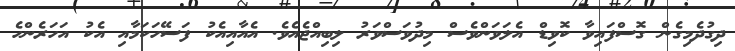
ދިގުދެމިގެން ގޮސްފައިވާ ކޮވިޑް އެލަވަންވެސް މިދުވަސްވަރު ލިބިއްޖެއެވެ. އެއާއިއެކު ފަސޭހަކަމާއި އެކު އަހަރެންހެ